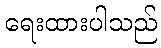
ရေးထားပါသည်